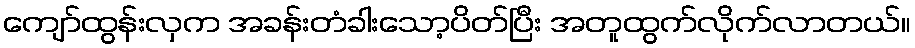
ကျော်ထွန်းလှက အခန်းတံခါးသော့ပိတ်ပြီး အတူထွက်လိုက်လာတယ်။